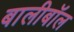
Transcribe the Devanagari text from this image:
बालीबॉल